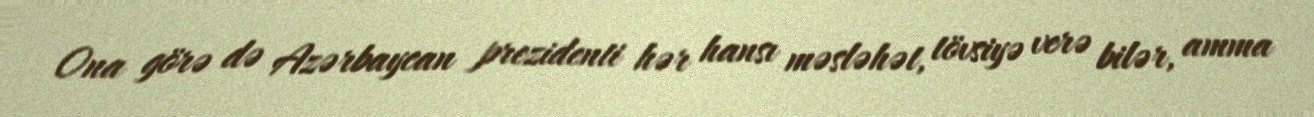
Ona görə də Azərbaycan prezidenti hər hansı məsləhət, tövsiyə verə bilər, amma